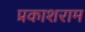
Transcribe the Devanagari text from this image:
प्रकाशराम